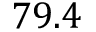
7 9 . 4